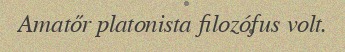
Amatőr platonista filozófus volt.